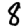
Digit: 8